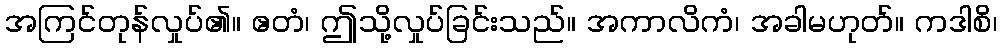
အကြင်တုန်လှုပ်၏။ ဧတံ၊ ဤသို့လှုပ်ခြင်းသည်။ အကာလိကံ၊ အခါမဟုတ်။ ကဒါစိ၊